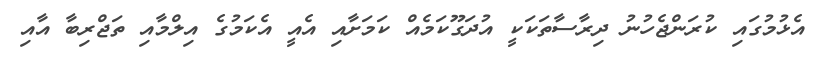
އެޅުމުގައި ކުރަންޖެހުނު ދިރާސާތަކަކީ އުދަގޫކަމެއް ކަމަށާއި އެއީ އެކަމުގެ އިލްމާއި ތަޖްރިބާ އާއި